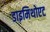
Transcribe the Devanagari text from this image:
डाइमिथोएट